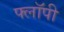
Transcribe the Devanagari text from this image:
फ्लाॅपी